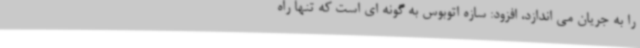
را به جریان می اندازد، افزود: سازه اتوبوس به گونه ای است که تنها راه